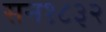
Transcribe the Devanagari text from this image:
सन१८३२